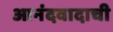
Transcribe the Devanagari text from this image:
आनंदवादाची